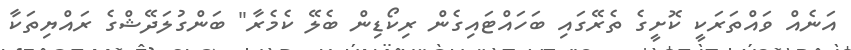
އަނެއް ވައްތަރަކީ ކޮށީގެ ތެރޭގައި ބަހައްޓައިގެން ރިކޯޑިން ބެލޭ ކެމެރާ" ބަންގުލަދޭޝްގެ ރައްޔިތަކާ